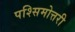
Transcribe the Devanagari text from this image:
पश्सिमोत्तरी